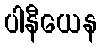
ပါနီယေန